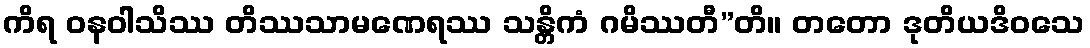
ကိရ ဝနဝါသိဿ တိဿသာမဏေရဿ သန္တိကံ ဂမိဿတီ”တိ။ တတော ဒုတိယဒိဝသေ